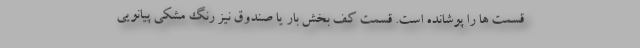
قسمت ها را پوشانده است. قسمت کف بخش بار یا صندوق نیز رنگ مشکی پیانویی